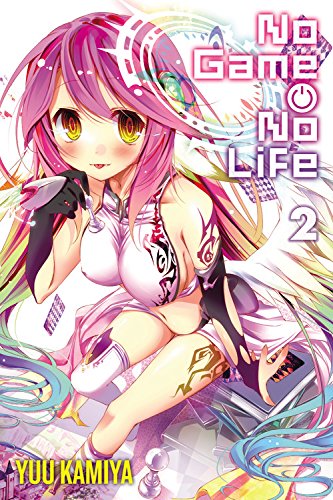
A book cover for No Game No Life, Vol. 2; Yuu Kamiya; Comics & Graphic Novels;